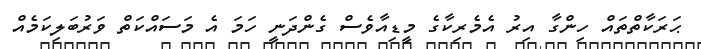
ޙަރަކާތްތައް ހިންގާ އިރު އެމެރިކާގެ މީޑިއާވެސް ގެންދަނީ ހަމަ އެ މަސައްކަތް ވަރުބަލިކަމެއް